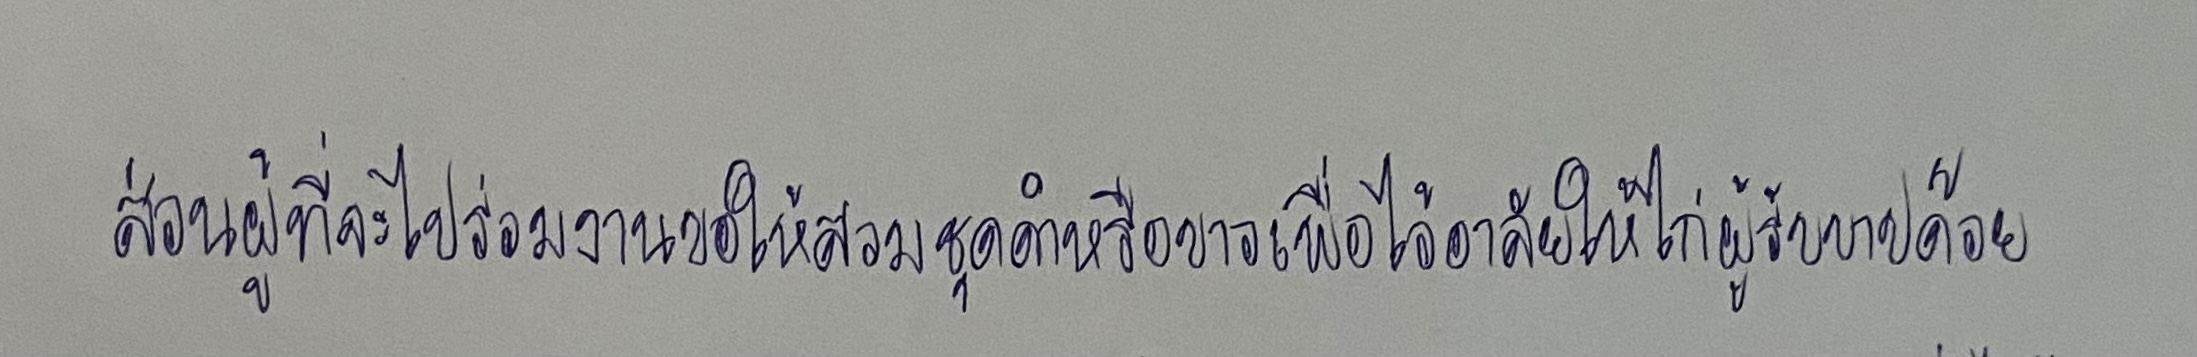
ส่วนผู้ที่จะไปร่วมงานขอให้สวมชุดดำหรือขาวเพื่อไว้อาลัยให้กับไก่ผู้รับบาปด้วย